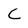
Character: c